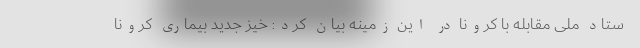
ستاد ملی مقابله با کرونا در این زمینه بیان کرد: خیز جدید بیماری کرونا